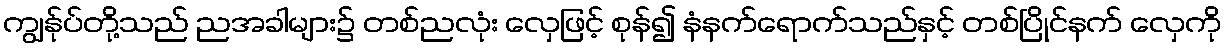
ကျွန်ုပ်တို့သည် ညအခါများ၌ တစ်ညလုံး လှေဖြင့် စုန်၍ နံနက်ရောက်သည်နှင့် တစ်ပြိုင်နက် လှေကို